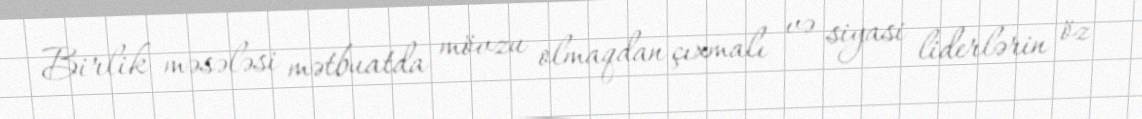
Birlik məsələsi mətbuatda mövzu olmaqdan çıxmalı və siyasi liderlərin öz